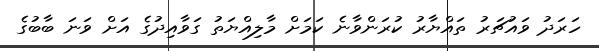
ހަރަދު ވައުޗަރު ތައްޔާރު ކުރަންވާނެ ކަމަށް މާލިއްޔަތު ގަވާއިދުގެ އަށް ވަނަ ބާބުގެ